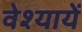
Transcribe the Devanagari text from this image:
वेश्यायें